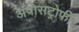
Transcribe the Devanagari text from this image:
अपोसट्रोफी